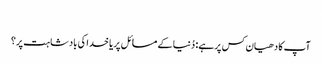
‏
آپ کا دھیان کس پر ہے:‏ دُنیا کے مسائل پر یا خدا کی بادشاہت پر؟